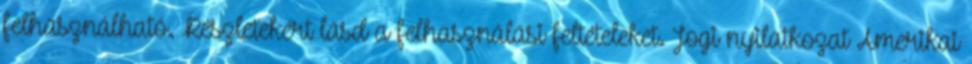
felhasználható. Részletekért lásd a felhasználási feltételeket. Jogi nyilatkozat Amerikai